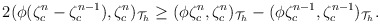
\begin{align*}\begin{aligned}&2(\phi(\zeta_c^n-\zeta_c^{n-1}),\zeta_c^n)_{\mathcal{T}_h}\geq(\phi\zeta_c^n,\zeta_c^n)_{\mathcal{T}_h}-(\phi\zeta_c^{n-1},\zeta_c^{n-1})_{\mathcal{T}_h}.\\\end{aligned}\end{align*}